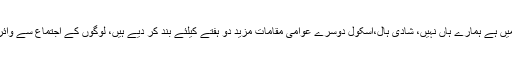
وزیراعظم کا کہنا تھا کہ اللہ کا خاص کرم ہے جیسی صورتحال دوسرے ممالک میں ہے ہمارے ہاں نہیں، شادی ہال،اسکول دوسرے عوامی مقامات مزید دو ہفتے کیلئے بند کر دیے ہیں، لوگوں کے اجتماع سے وائرس پھیلنے کا خدشہ زیادہ ہے تاہم ہم موجودہ وسائل سے کورونا پر قابو پالیں گے۔